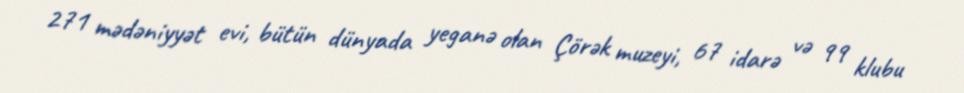
271 mədəniyyət evi, bütün dünyada yeganə olan Çörək muzeyi, 67 idarə və 99 klubu